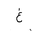
Letter: _gayn